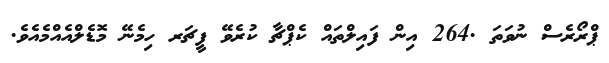
ޕްރޯރެސް ނުވަތަ .264 އިން ފައިލްތައް ކެޕްޗާ ކުރެވޭ ފީޗަރ ހިމެނޭ މޮޑެލްއެއްމެއެވެ.